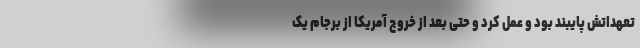
تعهداتش پایبند بود و عمل کرد و حتی بعد از خروج آمریکا از برجام یک